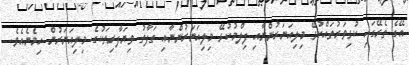
އޭގެ ތެރޭގައި ކުޅިވަރުތައްކުޅޭ މިލިއަނަރުންނާއި ފިލްމުކުޅޭ މިލިއަނަރުންނާއި ތަފާތު ވިޔަފާރިތަކުގެ މިލިއަނަރުން ހިމެނެއެވެ.